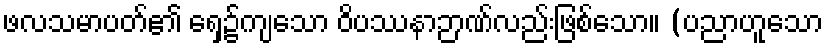
ဖလသမာပတ်၏ ရှေ့၌ကျသော ဝိပဿနာဉာဏ်လည်းဖြစ်သော။ (ပညာဟူသော